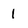
Character: 1